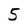
Character: 5